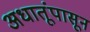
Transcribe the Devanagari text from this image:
अधातूंपासून